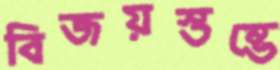
বিজয়স্তম্ভে